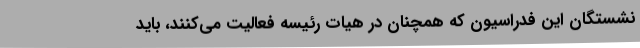
نشستگان این فدراسیون که همچنان در هیات رئیسه فعالیت می‌کنند، باید